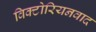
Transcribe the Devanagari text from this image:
विक्टोरियनवाद